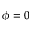
\phi = 0